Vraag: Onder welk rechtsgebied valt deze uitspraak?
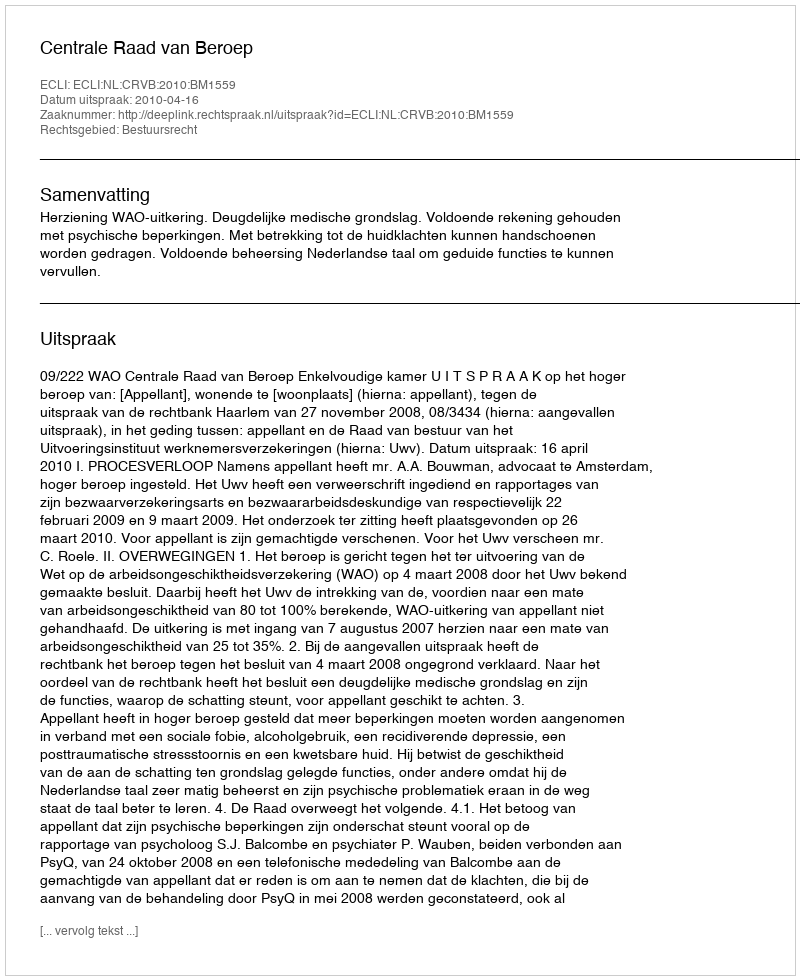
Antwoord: Bestuursrecht